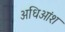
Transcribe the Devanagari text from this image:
अधिआंश